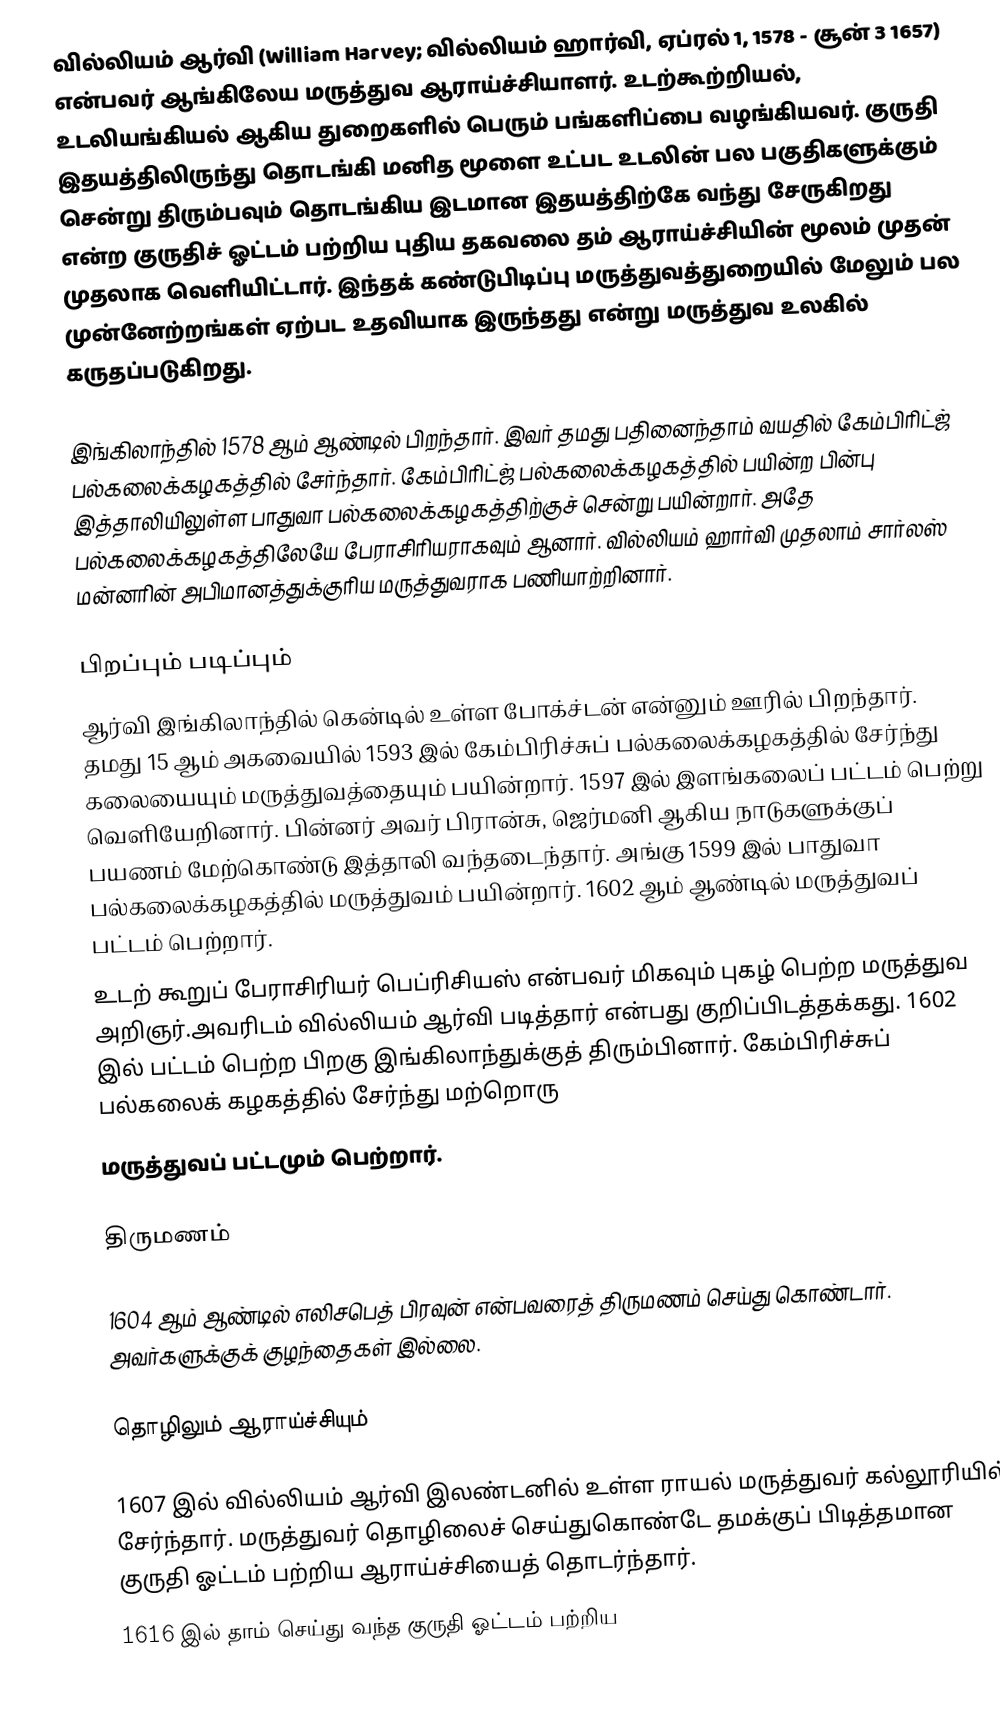
வில்லியம் ஆர்வி (William Harvey; வில்லியம் ஹார்வி, ஏப்ரல் 1, 1578 - சூன் 3 1657) என்பவர் ஆங்கிலேய மருத்துவ ஆராய்ச்சியாளர். உடற்கூற்றியல், உடலியங்கியல் ஆகிய துறைகளில் பெரும் பங்களிப்பை வழங்கியவர். குருதி இதயத்திலிருந்து தொடங்கி மனித மூளை உட்பட உடலின் பல பகுதிகளுக்கும் சென்று திரும்பவும் தொடங்கிய இடமான இதயத்திற்கே வந்து சேருகிறது என்ற குருதிச் ஓட்டம் பற்றிய புதிய தகவலை தம் ஆராய்ச்சியின் மூலம் முதன் முதலாக வெளியிட்டார். இந்தக் கண்டுபிடிப்பு மருத்துவத்துறையில்  மேலும் பல முன்னேற்றங்கள் ஏற்பட உதவியாக இருந்தது என்று மருத்துவ உலகில் கருதப்படுகிறது.

இங்கிலாந்தில் 1578 ஆம் ஆண்டில் பிறந்தார். இவர் தமது பதினைந்தாம் வயதில் கேம்பிரிட்ஜ் பல்கலைக்கழகத்தில் சேர்ந்தார். கேம்பிரிட்ஜ் பல்கலைக்கழகத்தில் பயின்ற பின்பு இத்தாலியிலுள்ள பாதுவா பல்கலைக்கழகத்திற்குச் சென்று பயின்றார். அதே பல்கலைக்கழகத்திலேயே பேராசிரியராகவும் ஆனார். வில்லியம் ஹார்வி முதலாம் சார்லஸ் மன்னரின் அபிமானத்துக்குரிய மருத்துவராக பணியாற்றினார்.

பிறப்பும் படிப்பும்
ஆர்வி இங்கிலாந்தில் கென்டில் உள்ள போக்ச்டன் என்னும் ஊரில் பிறந்தார். தமது 15 ஆம் அகவையில் 1593 இல் கேம்பிரிச்சுப் பல்கலைக்கழகத்தில் சேர்ந்து கலையையும் மருத்துவத்தையும் பயின்றார். 1597 இல் இளங்கலைப் பட்டம் பெற்று வெளியேறினார். பின்னர் அவர் பிரான்சு, ஜெர்மனி ஆகிய நாடுகளுக்குப் பயணம் மேற்கொண்டு இத்தாலி வந்தடைந்தார். அங்கு 1599 இல் பாதுவா பல்கலைக்கழகத்தில் மருத்துவம் பயின்றார். 1602 ஆம் ஆண்டில் மருத்துவப் பட்டம் பெற்றார்.
உடற் கூறுப்  பேராசிரியர் பெப்ரிசியஸ் என்பவர் மிகவும் புகழ் பெற்ற மருத்துவ அறிஞர்.அவரிடம் வில்லியம் ஆர்வி படித்தார் என்பது குறிப்பிடத்தக்கது. 1602 இல் பட்டம் பெற்ற பிறகு இங்கிலாந்துக்குத் திரும்பினார். கேம்பிரிச்சுப் பல்கலைக் கழகத்தில் சேர்ந்து மற்றொரு
மருத்துவப் பட்டமும்  பெற்றார்.

திருமணம்

1604 ஆம் ஆண்டில் எலிசபெத் பிரவுன் என்பவரைத் திருமணம் செய்து கொண்டார். அவர்களுக்குக் குழந்தைகள் இல்லை.

தொழிலும் ஆராய்ச்சியும்

1607 இல் வில்லியம் ஆர்வி இலண்டனில் உள்ள ராயல் மருத்துவர் கல்லூரியில் சேர்ந்தார். மருத்துவர் தொழிலைச் செய்துகொண்டே தமக்குப் பிடித்தமான குருதி ஓட்டம் பற்றிய ஆராய்ச்சியைத் தொடர்ந்தார்.
1616 இல் தாம் செய்து வந்த குருதி ஓட்டம் பற்றிய